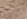
يائسة